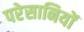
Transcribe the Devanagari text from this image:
परेसानियों